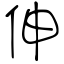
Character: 伸